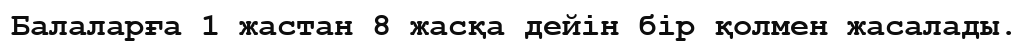
Балаларға 1 жастан 8 жасқа дейін бір қолмен жасалады.